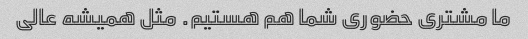
ما مشتری حضوری شما هم هستیم. مثل همیشه عالی